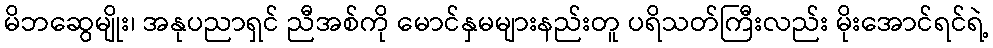
မိဘဆွေမျိုး၊ အနုပညာရှင် ညီအစ်ကို မောင်နှမများနည်းတူ ပရိသတ်ကြီးလည်း မိုးအောင်ရင်ရဲ့